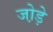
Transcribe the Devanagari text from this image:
जो़ड़े